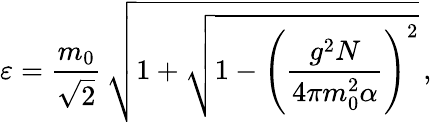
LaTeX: \varepsilon=\frac{m_{0}}{\sqrt{2}}\, \sqrt{1+\sqrt{1-\left(\frac{g^{2}N}{4\pi m_{0}^{2}\alpha}\right)^{2}}}\, ,